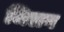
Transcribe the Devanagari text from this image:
जिलग